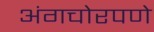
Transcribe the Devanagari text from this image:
अंगचोरपणे